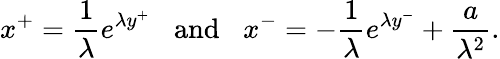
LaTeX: x^{+}={\frac{1}{\lambda}}e^{\lambda y^{+}}\; \; \; \mathrm{and}\; \; \; x^{-}=-{\frac{1}{\lambda}}e^{\lambda y^{-}}+{\frac{a}{\lambda^{2}}}.